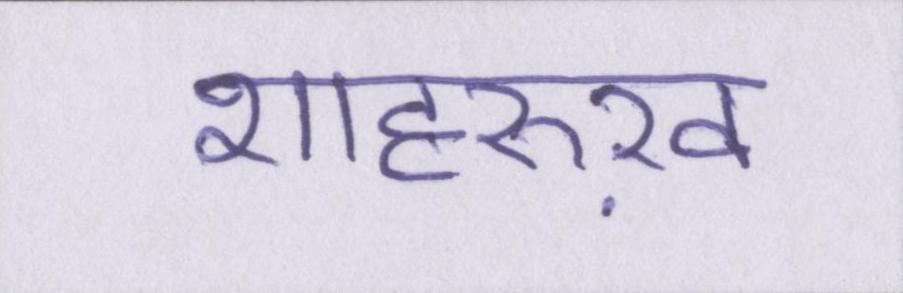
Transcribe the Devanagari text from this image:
शाहरुख़